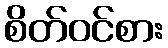
စိတ်ဝင်စား